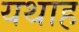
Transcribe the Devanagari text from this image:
यथाह